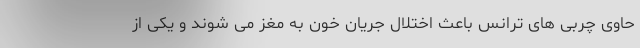
حاوی چربی های ترانس باعث اختلال جریان خون به مغز می شوند و یکی از